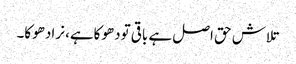
تلاش حق اصل ہے باقی تودھوکاہے، نرادھوکا۔